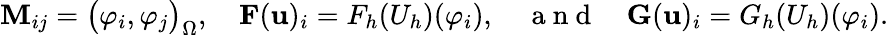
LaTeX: \mathbf{M}_{ij}=\big(\varphi_{i},\varphi_{j}\big)_{\Omega},\quad\mathbf{F}(\mathbf{u})_{i}=F_{h}(U_{h})(\varphi_{i}),\quad\mathrm{~a~n~d~}\quad\mathbf{G}(\mathbf{u})_{i}=G_{h}(U_{h})(\varphi_{i}).